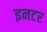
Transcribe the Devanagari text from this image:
इनटर